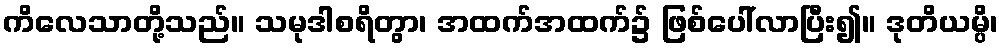
ကိလေသာတို့သည်။ သမုဒါစရိတွာ၊ အထက်အထက်၌ ဖြစ်ပေါ်လာပြီး၍။ ဒုတိယမ္ပိ၊